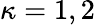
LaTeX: \kappa=1,2